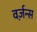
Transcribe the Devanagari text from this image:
वर्ज़न्स